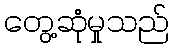
တွေ့ဆုံမှုသည်